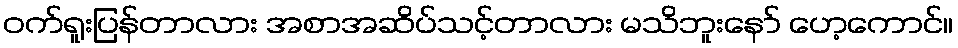
ဝက်ရူးပြန်တာလား အစာအဆိပ်သင့်တာလား မသိဘူးနော် ဟေ့ကောင်။